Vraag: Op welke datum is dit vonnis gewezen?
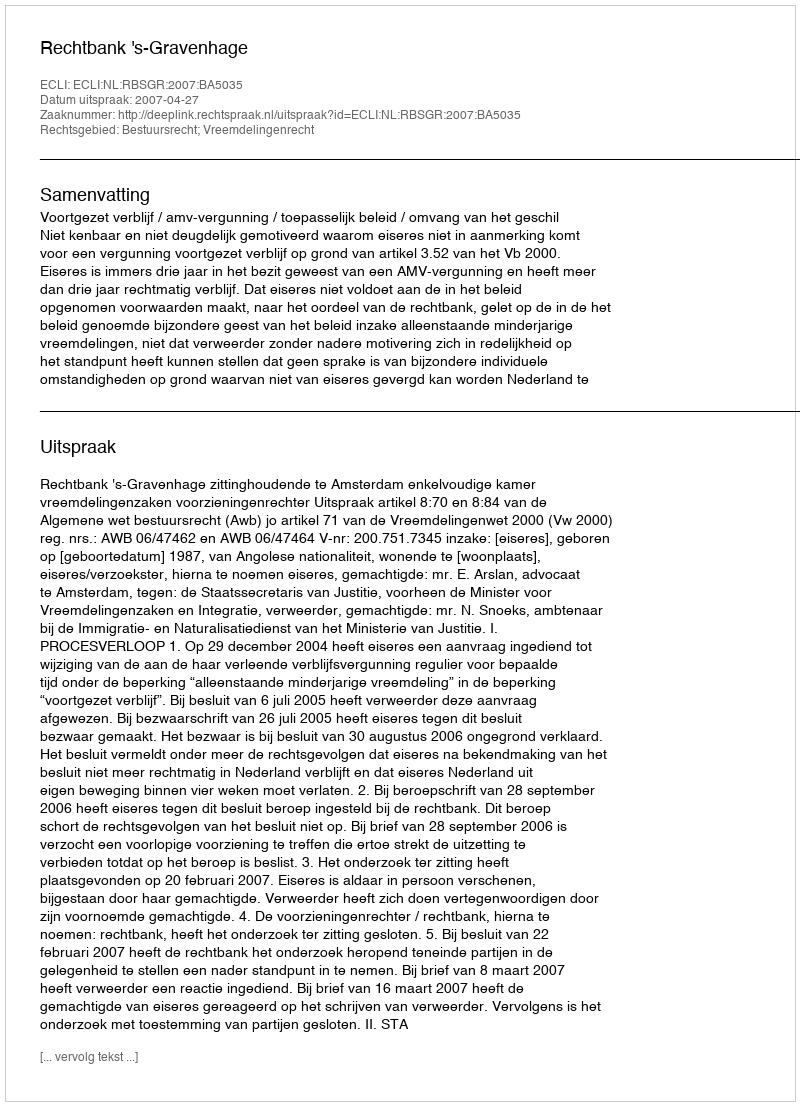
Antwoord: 2007-04-27